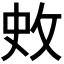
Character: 𭣥